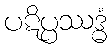
ပဋိပ္ပဿဒ္ဓံ